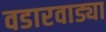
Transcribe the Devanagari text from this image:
वडारवाड्या